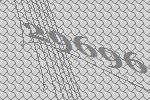
29696